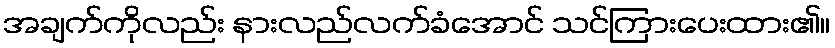
အချက်ကိုလည်း နားလည်လက်ခံအောင် သင်ကြားပေးထား၏။